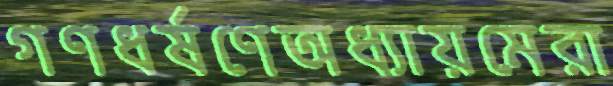
গণধর্ষণেঅধ্যায়মেরা